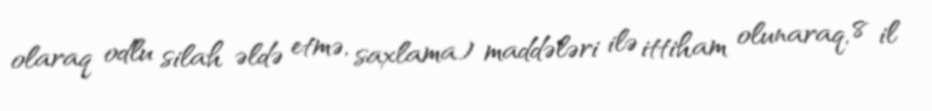
olaraq odlu silah əldə etmə, saxlama) maddələri ilə ittiham olunaraq, 8 il